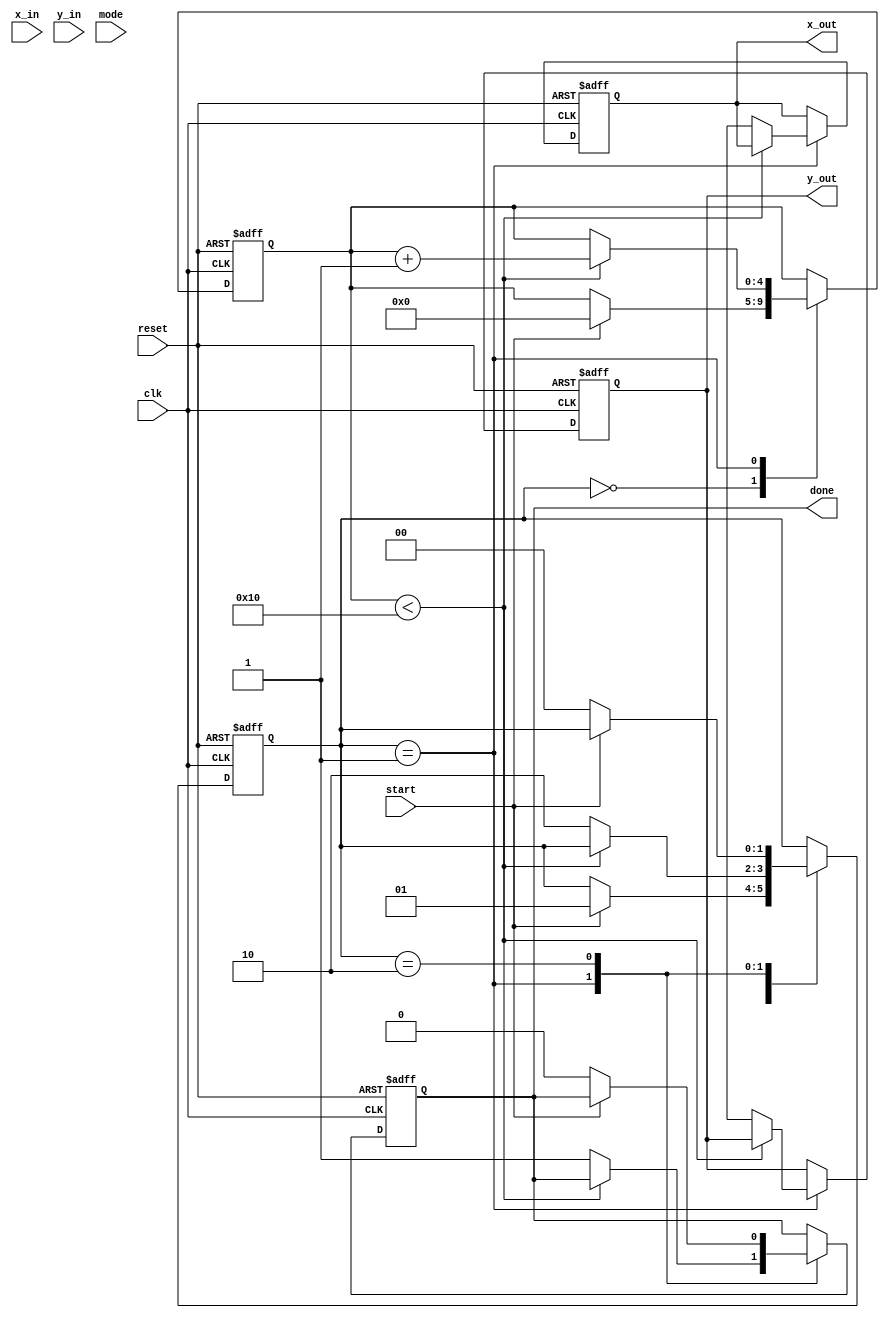
module CORDIC (
    input wire clk,
    input wire reset,
    input wire [31:0] x_in, // Floating-point input (single precision)
    input wire [31:0] y_in, // Floating-point input (single precision)
    input wire [1:0] mode,  // Mode selection: 00 = rotation, 01 = vectoring
    input wire start,
    output reg [31:0] x_out, // Output floating-point result
    output reg [31:0] y_out, // Output floating-point result
    output reg done
);

    // CORDIC parameters
    parameter NUM_ITERATIONS = 16;
    reg [31:0] x [0:NUM_ITERATIONS-1];
    reg [31:0] y [0:NUM_ITERATIONS-1];
    reg [31:0] z [0:NUM_ITERATIONS-1]; // Angle in fixed-point
    reg [31:0] z_accum; // Accumulated angle
    reg [4:0] iteration; // Iteration counter
    reg [1:0] state; // FSM state

    // State definitions
    localparam IDLE = 2'b00;
    localparam PROCESS = 2'b01;
    localparam DONE = 2'b10;

    // CORDIC rotation angles (in fixed-point format)
    initial begin
        z[0] = 32'h00000000; // 0 degrees
        z[1] = 32'h3F490FDB; // atan(1) = 45 degrees
        z[2] = 32'h3F22D9B6; // atan(0.5) = 26.565 degrees
        // Fill in the rest of the angles...
    end

    always @(posedge clk or posedge reset) begin
        if (reset) begin
            state <= IDLE;
            iteration <= 0;
            done <= 0;
            x_out <= 32'b0;
            y_out <= 32'b0;
            z_accum <= 32'b0;
        end else begin
            case (state)
                IDLE: begin
                    if (start) begin
                        // Load inputs
                        x[0] <= x_in;
                        y[0] <= y_in;
                        z_accum <= 32'b0; // Reset accumulated angle
                        iteration <= 0;
                        state <= PROCESS;
                    end
                end

                PROCESS: begin
                    if (iteration < NUM_ITERATIONS) begin
                        // CORDIC rotation logic
                        if (mode == 2'b00) begin // Rotation mode
                            if (z_accum < z[iteration]) begin
                                x[iteration + 1] <= x[iteration] + (y[iteration] >> iteration);
                                y[iteration + 1] <= y[iteration] - (x[iteration] >> iteration);
                                z_accum <= z_accum + z[iteration];
                            end else begin
                                x[iteration + 1] <= x[iteration] - (y[iteration] >> iteration);
                                y[iteration + 1] <= y[iteration] + (x[iteration] >> iteration);
                                z_accum <= z_accum - z[iteration];
                            end
                        end else if (mode == 2'b01) begin // Vectoring mode
                            // Implement vectoring logic here
                        end
                        iteration <= iteration + 1;
                    end else begin
                        // Finalize output
                        x_out <= x[NUM_ITERATIONS];
                        y_out <= y[NUM_ITERATIONS];
                        done <= 1;
                        state <= DONE;
                    end
                end

                DONE: begin
                    if (!start) begin
                        done <= 0;
                        state <= IDLE;
                    end
                end
            endcase
        end
    end

endmodule